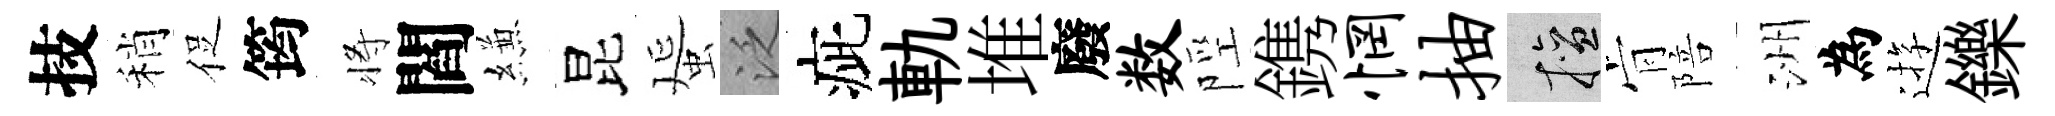
技稍促筠将閻縑昆蜑泛疵軌堆廢数陘鎸惘抽擅肻陪洲為逰鑠